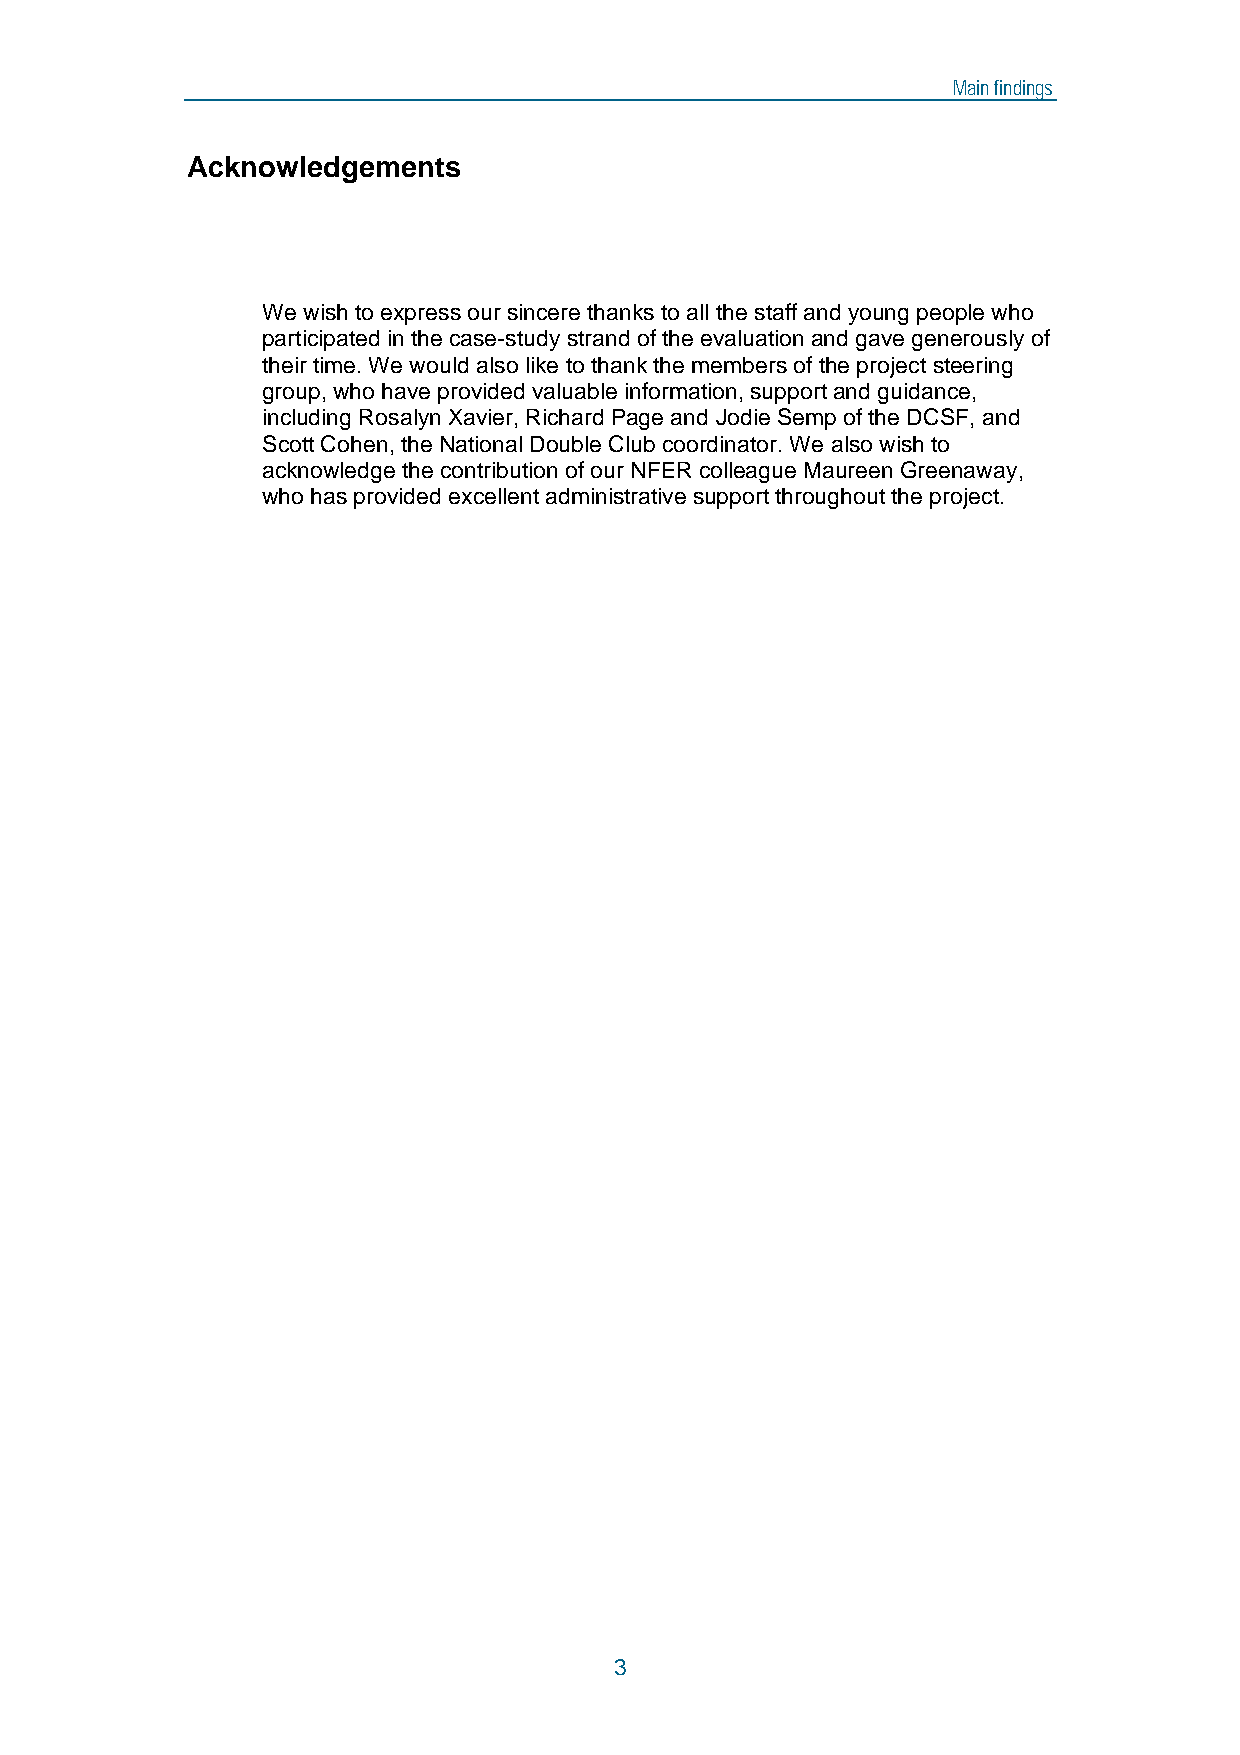
Main findings
 Acknowledgements
 We wish to express our sincere thanks to all the staff and young people who
 participated in the case-study strand of the evaluation and gave generously of
 their time. We would also like to thank the members of the project steering
 group, who have provided valuable information, support and guidance,
 including Rosalyn Xavier, Richard Page and Jodie Semp of the DCSF, and
 Scott Cohen, the National Double Club coordinator. We also wish to
 acknowledge the contribution of our NFER colleague Maureen Greenaway,
 who has provided excellent administrative support throughout the project.
 3